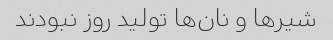
شیر‌ها و نان‌ها تولید روز نبودند